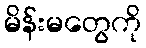
မိန်းမတွေကို